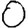
Digit: 0